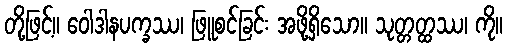
တို့ဖြင့်။ ဝေါဒါနပက္ခဿ၊ ဖြူစင်ခြင်း အဖို့ရှိသော။ သုတ္တတ္ထဿ၊ ကို။